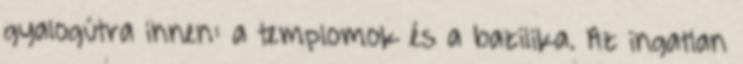
gyalogútra innen: a templomok és a bazilika. Az ingatlan